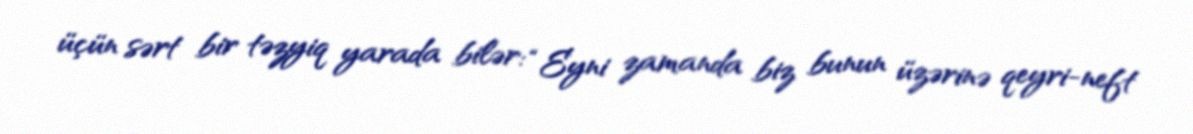
üçün sərt bir təzyiq yarada bilər: “Eyni zamanda biz bunun üzərinə qeyri-neft